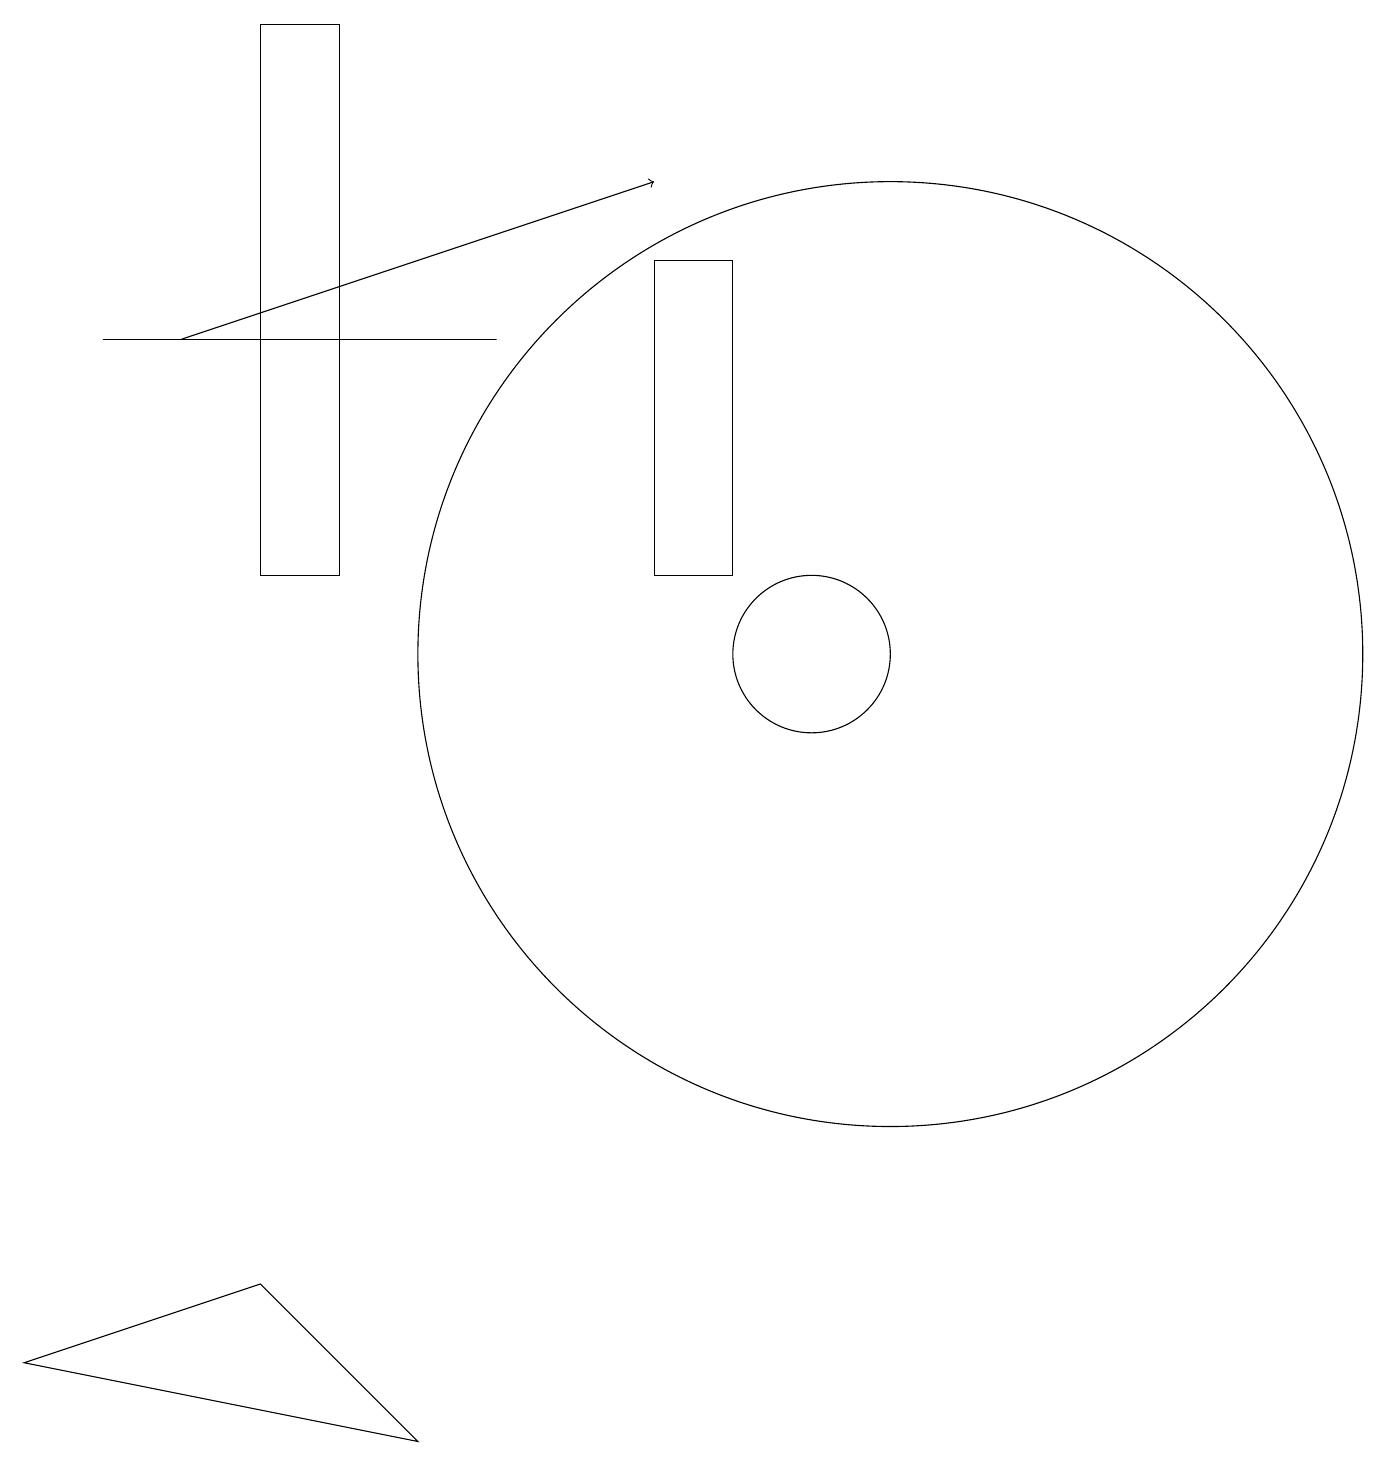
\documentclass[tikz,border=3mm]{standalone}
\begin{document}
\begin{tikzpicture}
\draw (5,0) -- (0,1) -- (3,2) -- cycle;
\draw (11,10) circle (6);
\draw (6,14) rectangle (1,14);
\draw[->] (2,14) -- (8,16);
\draw (9,11) rectangle (8,15);
\draw (3,11) rectangle (4,18);
\draw (10,10) circle (1);
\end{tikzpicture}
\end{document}